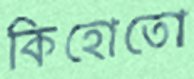
কিহোতো